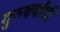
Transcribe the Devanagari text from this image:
गुरुवर्यांशी